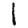
Digit: 1